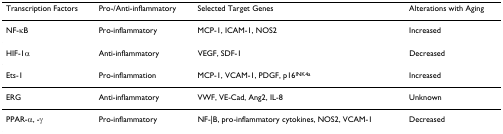
| Transcription Factors | Pro-/Anti-inflammatory | Selected Target Genes | Alterations with Aging |
 | --- | --- | --- | --- |
 | NF-κB | Pro-inflammatory | MCP-1, ICAM-1, NOS2 | Increased |
 | HIF-1α | Anti-inflammatory | VEGF, SDF-1 | Decreased |
 | Ets-1 | Pro-inflammation | MCP-1, VCAM-1, PDGF, p16INK4a | Increased |
 | ERG | Anti-inflammatory | VWF, VE-Cad, Ang2, IL-8 | Unknown |
 | PPAR-α, -γ | Pro-inflammatory | NF-|B, pro-inflammatory cytokines, NOS2, VCAM-1 | Decreased |